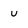
Character: u